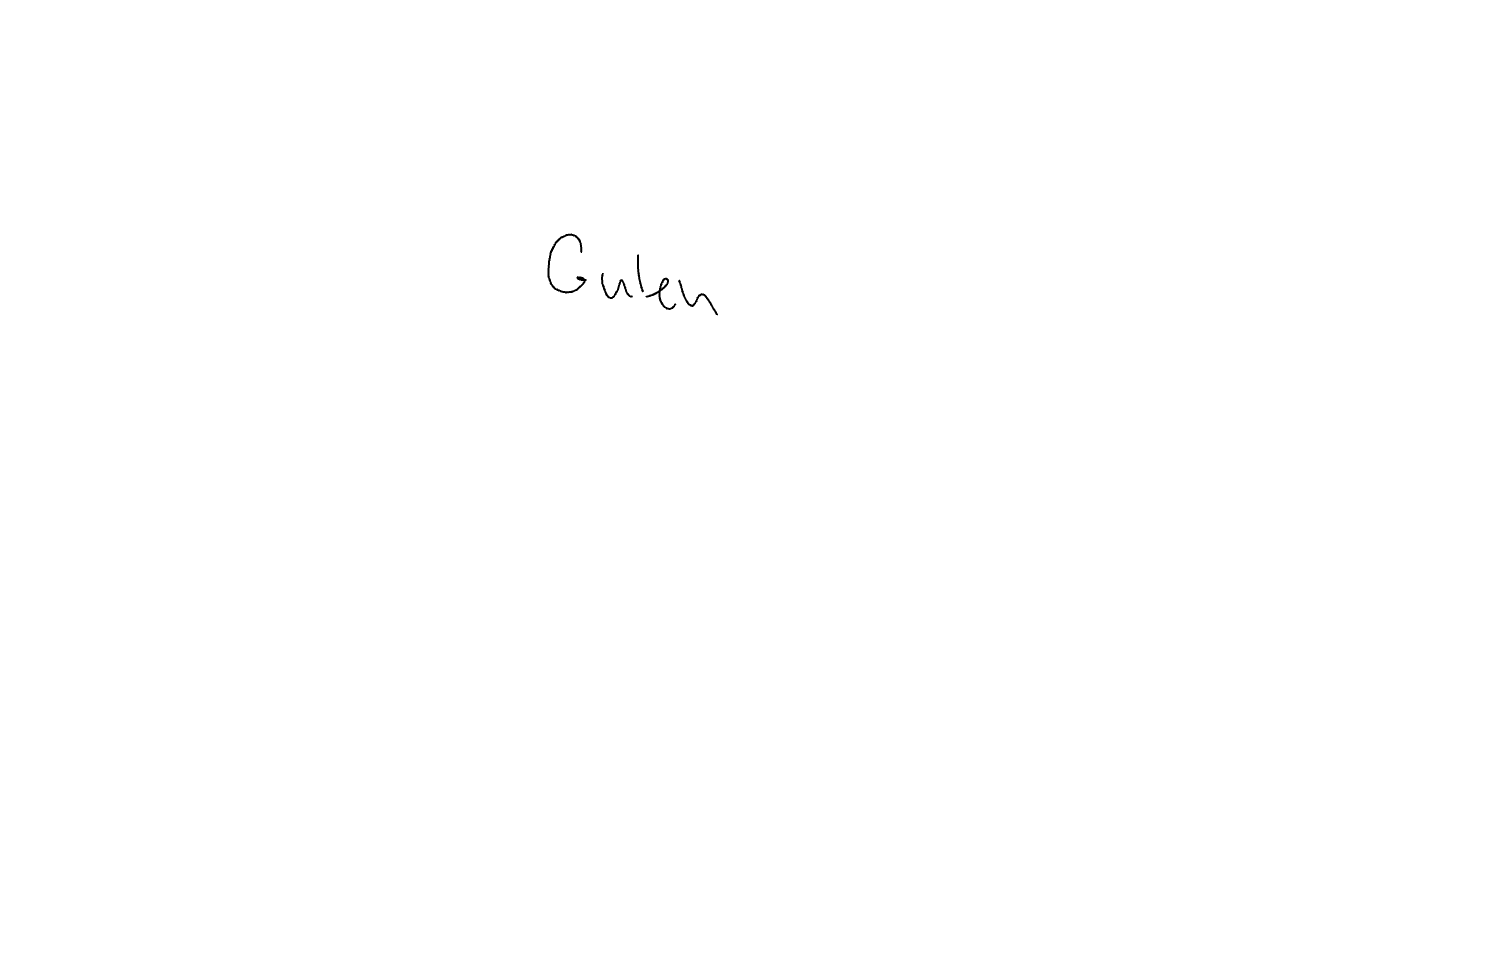
Text: Guten